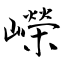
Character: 嶸